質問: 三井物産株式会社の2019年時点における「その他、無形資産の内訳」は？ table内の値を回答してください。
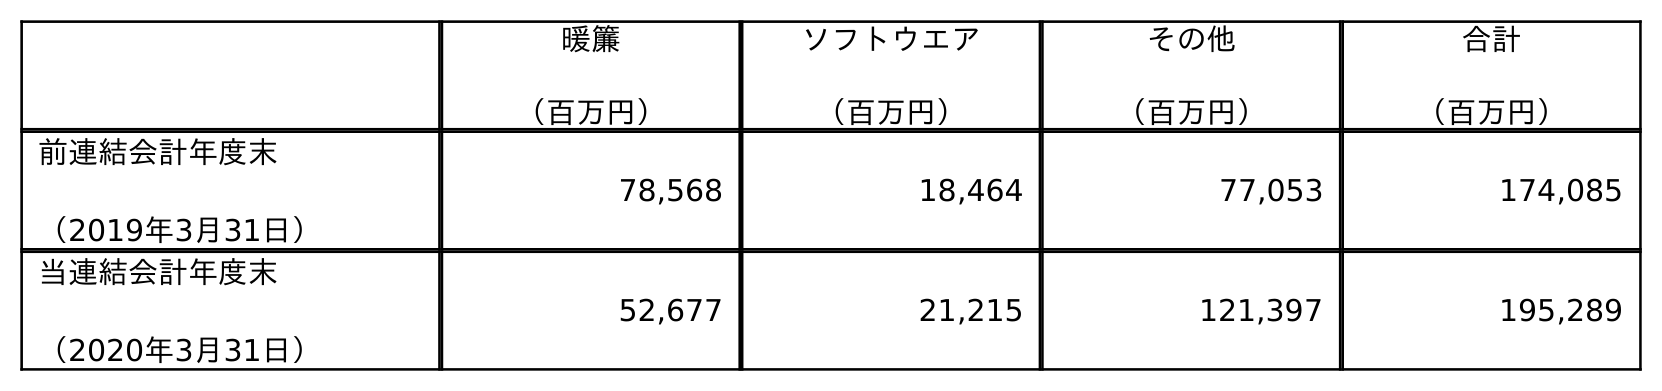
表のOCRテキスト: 暖簾 （百万円） ソフトウエア （百万円） その他 （百万円） 合計 （百万円） 前連結会計年度末 （2019年3月31日） 78,568 18,464 77,053 174,085 当連結会計年度末 （2020年3月31日） 52,677 21,215 121,397 195,289
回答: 77,053